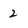
Character: 2